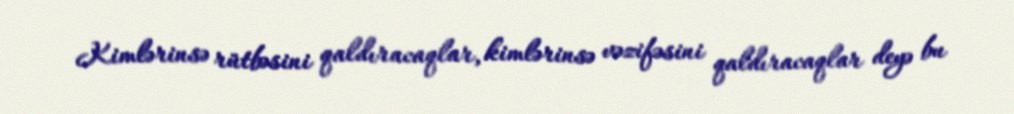
Kimlərinsə rütbəsini qaldıracaqlar, kimlərinsə vəzifəsini qaldıracaqlar deyə bu